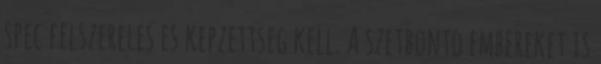
spec felszereles es kepzettseg kell. A szetbonto embereket is